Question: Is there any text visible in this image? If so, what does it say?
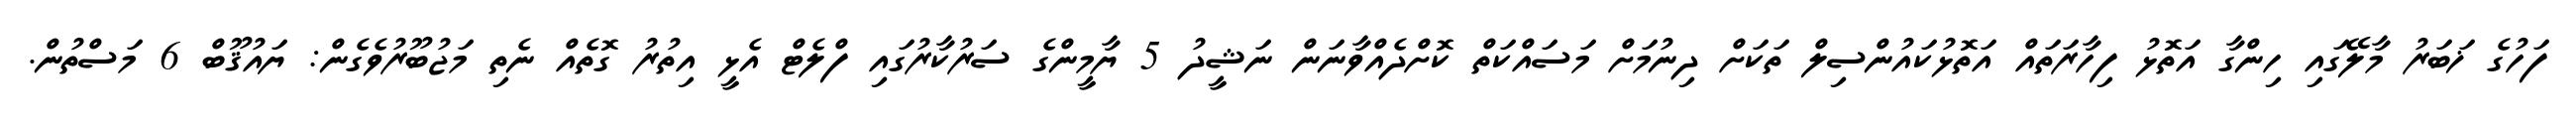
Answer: ފަހުގެ ޚަބަރު މާލޭގައި ހިންގާ އަތޮޅު ފިހާރަތައް އަތޮޅުކައުންސިލް ތަކަށް ދިނުމަށް މަސައްކަތް ކޮށްދެއްވާނަން ނަޝީދު 5 ޔާމީންގެ ސަރުކާރުގައި ފްލެޓް އެޅީ އިތުރު ގޮތެއް ނެތި މަޖުބޫރުވެގެން: ޔައުޤޫބް 6 މަސްތުން.